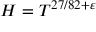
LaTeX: H = T ^ { 2 7 / 8 2 + \varepsilon }